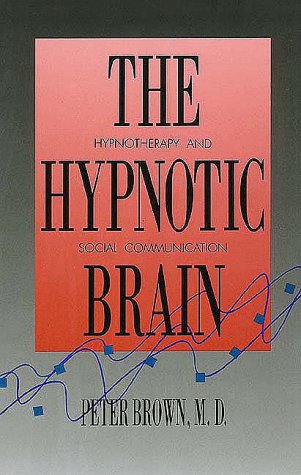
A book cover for The Hypnotic Brain: Hypnotherapy and Social Communication; Dr. Peter Brown M.D.; Health, Fitness & Dieting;